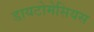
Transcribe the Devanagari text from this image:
डायटोमेसियस